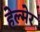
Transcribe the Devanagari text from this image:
हेल्मेर